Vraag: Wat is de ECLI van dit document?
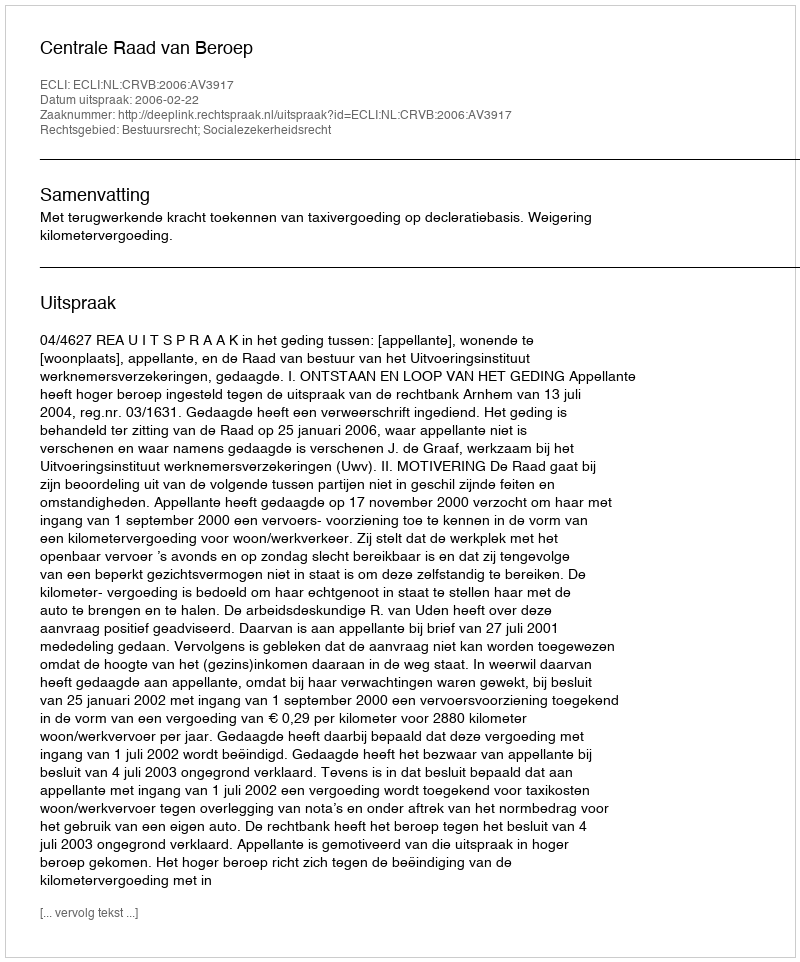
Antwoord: ECLI:NL:CRVB:2006:AV3917